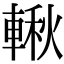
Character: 𨍊